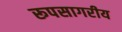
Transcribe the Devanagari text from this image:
रूपसागरीय